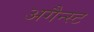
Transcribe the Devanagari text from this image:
अगैन्स्ट